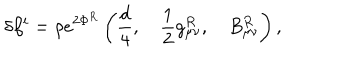
\delta \beta ^ { i } = \rho e ^ { 2 \Phi ^ { R } } \left( \frac { d } { 4 } , \quad \frac { 1 } { 2 } g _ { \mu \nu } ^ { R } , \quad B _ { \mu \nu } ^ { R } \right) , \,